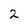
Character: 2